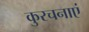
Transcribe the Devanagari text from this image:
कुरचनाएं